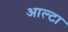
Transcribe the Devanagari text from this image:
आल्टा